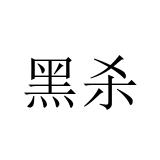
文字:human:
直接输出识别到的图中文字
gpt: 黑杀